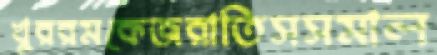
খুররমকেজরাতিসসমাল